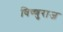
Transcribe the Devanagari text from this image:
विष्णुराज